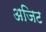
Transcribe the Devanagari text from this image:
अजिट